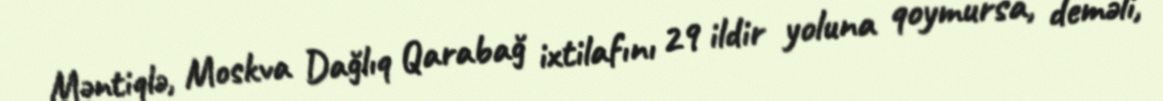
Məntiqlə, Moskva Dağlıq Qarabağ ixtilafını 29 ildir yoluna qoymursa, deməli,